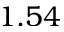
1 . 5 4